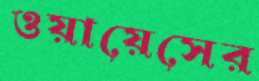
ওয়ায়েসের